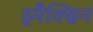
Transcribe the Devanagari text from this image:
इमैक्सिन